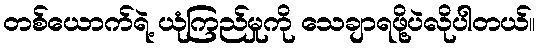
တစ်ယောက်ရဲ့ ယုံကြည်မှုကို သေချာရဖို့ပဲလိုပါတယ်။